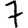
Digit: 7